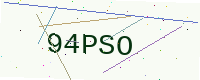
Text: 94PSO